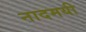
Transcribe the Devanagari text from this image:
नादमयी